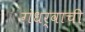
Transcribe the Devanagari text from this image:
गंधर्वाची